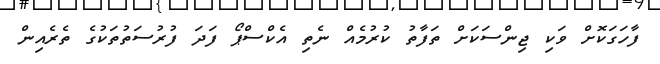
ފާހަގަކޮށް ވަކި ޖިންސަކަށް ތަފާތު ކުރުމެއް ނެތި އެކްސްޕޯ ފަދަ ފުރުސަތުތަކުގެ ތެރެއިން